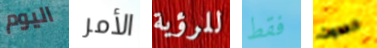
اليوم الأمر للرؤية فقط الحدوث